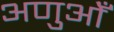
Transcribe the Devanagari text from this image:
अणुओँ